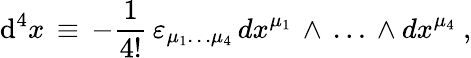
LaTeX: \mathrm{d}^{4}x\, \equiv\, -{\frac{1}{4!}}\, \varepsilon_{\mu_{1}\dots\mu_{4}}\, dx^{\mu_{1}}\, \wedge\, \dots\, \wedge dx^{\mu_{4}}\ ,